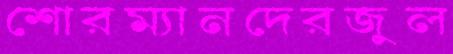
শোরম্যানদেরজুল